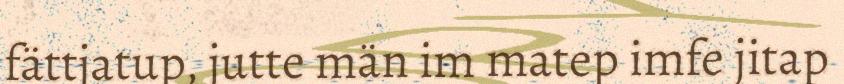
fättjatup, jutte män im matep imfe jitap